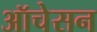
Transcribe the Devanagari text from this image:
ऑचेसन